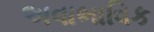
અવાભાવિક